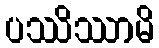
ပဿိဿာမိ